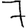
Digit: 7